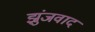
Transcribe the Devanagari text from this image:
झुंजवाद